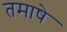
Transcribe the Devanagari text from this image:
तमाषे